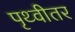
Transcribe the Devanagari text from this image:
पृथ्वीतर